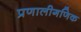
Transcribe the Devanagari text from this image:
प्रणालीगणिक